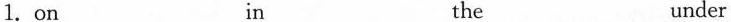
1. on in the under